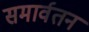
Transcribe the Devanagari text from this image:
समार्वतन